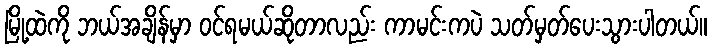
မြို့ထဲကို ဘယ်အချိန်မှာ ဝင်ရမယ်ဆိုတာလည်း ကာမင်းကပဲ သတ်မှတ်ပေးသွားပါတယ်။